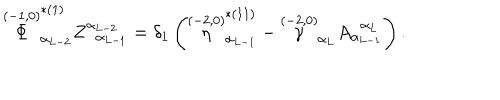
\stackrel { ( - 1 , 0 ) } { \Phi } _ { \alpha _ { L - 2 } } ^ { * ( 1 ) } Z _ { \; \; \alpha _ { L - 1 } } ^ { \alpha _ { L - 2 } } = \delta _ { 1 } \left( \stackrel { ( - 2 , 0 ) } { \eta } _ { \alpha _ { L - 1 } } ^ { * ( 1 1 ) } - \stackrel { ( - 2 , 0 ) } { \gamma } _ { \alpha _ { L } } A _ { \alpha _ { L - 1 } } ^ { \; \; \alpha _ { L } } \right) .